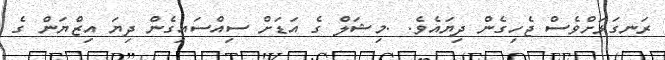
ރަނގަޅަށްވެސް ޖެހިގެން ދިޔައެވެ. .މިޝަލް ގެ އަޑަށް ސިއްސައިގެން ދިޔަ އިޒްޔަން ގެ